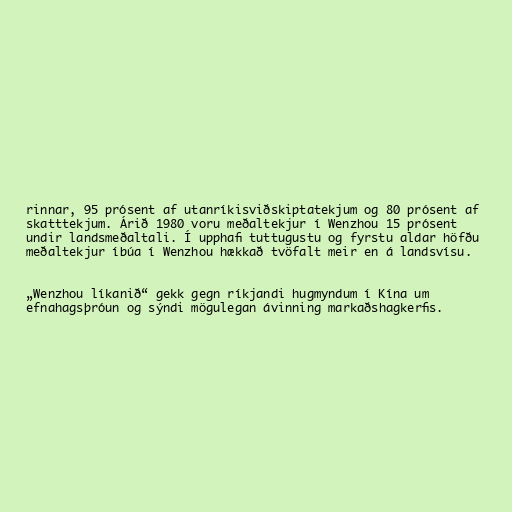
rinnar, 95 prósent af utanríkisviðskiptatekjum og 80 prósent af
skatttekjum. Árið 1980 voru meðaltekjur í Wenzhou 15 prósent
undir landsmeðaltali. Í upphafi tuttugustu og fyrstu aldar höfðu
meðaltekjur íbúa í Wenzhou hækkað tvöfalt meir en á landsvísu.

„Wenzhou líkanið“ gekk gegn ríkjandi hugmyndum í Kína um
efnahagsþróun og sýndi mögulegan ávinning markaðshagkerfis.